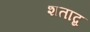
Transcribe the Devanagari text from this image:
शताब्द